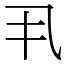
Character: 丮